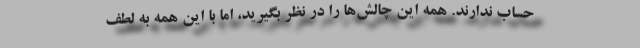
حساب ندارند. همه این چالش‌ها را در نظر بگیرید، اما با این همه به لطف